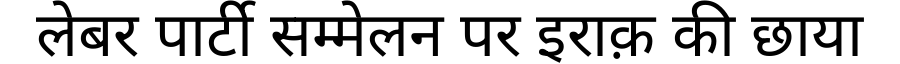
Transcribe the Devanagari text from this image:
लेबर पार्टी सम्मेलन पर इराक़ की छाया